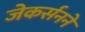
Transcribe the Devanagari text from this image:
जेकर्सनने